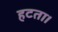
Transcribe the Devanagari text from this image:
हटता।